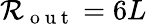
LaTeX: \mathcal{R}_{\mathrm{{~o~u~t~}}}=6L